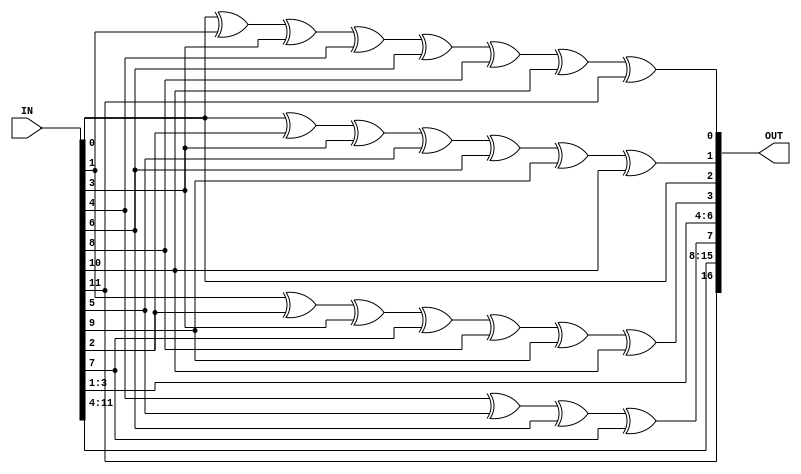
module hamEncode125(
    output reg[17:1]  OUT,
    input  wire[11:0]  IN
);

    // Output consisting of 
    // input and Parity bits
    assign OUT = {
        IN[11], //17
        PAR[4],   //16
        IN[10], //15
        IN[9],  //14
        IN[8],  //13
        IN[7],  //12
        IN[6],  //11
        IN[5],  //10
        IN[4],  //9
        PAR[3],   //8
        IN[3],  //7
        IN[2],  //6
        IN[1],  //5
        PAR[2],   //4
        IN[0],  //3
        PAR[1],   //2
        PAR[0]    //1
    };

    // Parity Bits
    reg[4:0] PAR;

    assign PAR[0]  = OUT[3]  ^ OUT[5]  ^ 
                     OUT[7]  ^ OUT[9]  ^ OUT[11] ^ 
                     OUT[13] ^ OUT[15] ^ OUT[17] ;

    assign PAR[1]  = OUT[3]  ^
                     OUT[6]  ^ OUT[7]  ^
                     OUT[10] ^ OUT[11] ^
                     OUT[14] ^ OUT[15];

    assign PAR[2]  = OUT[5]  ^ OUT[6]  ^ OUT[7]  ^
                     OUT[12] ^ OUT[13] ^ OUT[14] ^ OUT[15] ;

    assign PAR[3]  = OUT[9]  ^ OUT[10] ^ OUT[11] ^ OUT[12] ;

    assign PAR[4]  = OUT[17] ;

endmodule